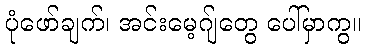
ပုံဖော်ချက်၊ အင်းမေ့ဂျ်တွေ ပေါ်မှာကွ။